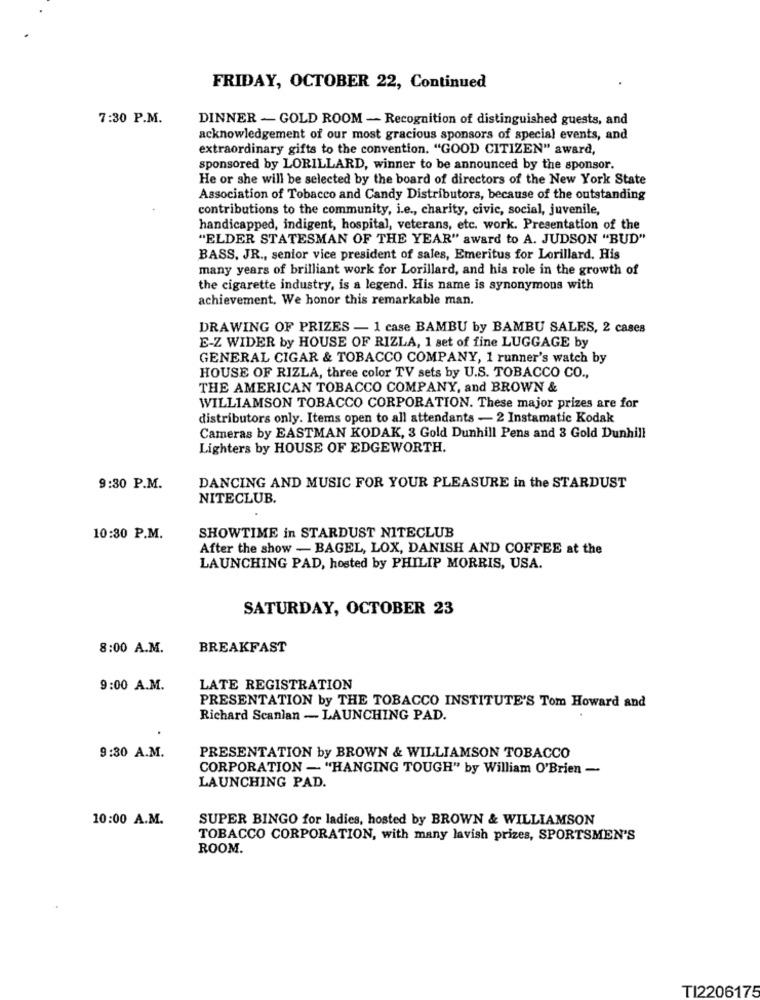
FRIDAY, OCTOBER 22, Continued
7:30 P.M.
DINNER - GOLD ROOM - Recognition of distinguished guests, and
acknowledgement of our most gracious sponsors of special events, and
extraordinary gifts to the convention. "GOOD CITIZEN" award,
sponsored by LORILLARD, winner to be announced by the sponsor.
He or she will be selected by the board of directors of the New York State
Association of Tobacco and Candy Distributors, because of the outstanding
contributions to the community, i.e ., charity, civic, social, juvenile,
handicapped, indigent, hospital, veterans, etc. work. Presentation of the
"ELDER STATESMAN OF THE YEAR" award to A. JUDSON "BUD"
BASS, JR ., senior vice president of sales, Emeritus for Lorillard, His
many years of brilliant work for Lorillard, and his role in the growth of
the cigarette industry, is a legend. His name is synonymous with
achievement. We honor this remarkable man.
DRAWING OF PRIZES - 1 case BAMBU by BAMBU SALES, 2 cases
E-Z WIDER by HOUSE OF RIZLA, 1 set of fine LUGGAGE by
GENERAL CIGAR & TOBACCO COMPANY, 1 runner's watch by
HOUSE OF RIZLA, three color TV sets by U.S. TOBACCO CO .,
THE AMERICAN TOBACCO COMPANY, and BROWN &
WILLIAMSON TOBACCO CORPORATION. These major prizes are for
distributors only. Items open to all attendants - 2 Instamatic Kodak
Cameras by EASTMAN KODAK, 3 Gold Dunhill Pens and 3 Gold Dunhill
Lighters by HOUSE OF EDGEWORTH.
9:30 P.M.
DANCING AND MUSIC FOR YOUR PLEASURE in the STARDUST
NITECLUB.
10:30 P.M.
SHOWTIME in STARDUST NITECLUB
After the show - BAGEL, LOX, DANISH AND COFFEE at the
LAUNCHING PAD, hosted by PHILIP MORRIS, USA.
SATURDAY, OCTOBER 23
8:00 A.M.
BREAKFAST
9:00 A.M.
LATE REGISTRATION
PRESENTATION by THE TOBACCO INSTITUTE'S Tom Howard and
Richard Scanlan - LAUNCHING PAD.
9:30 A.M.
PRESENTATION by BROWN & WILLIAMSON TOBACCO
CORPORATION - "HANGING TOUGH" by William O'Brien -
LAUNCHING PAD.
10:00 A.M.
SUPER BINGO for ladies, hosted by BROWN & WILLIAMSON
TOBACCO CORPORATION, with many lavish prizes, SPORTSMEN'S
ROOM.
TI2206175